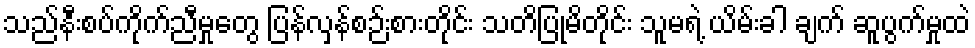
သည်နီးစပ်ကိုက်ညီမှုတွေ ပြန်လှန်စဉ်းစားတိုင်း သတိပြုမိတိုင်း သူမရဲ့ ယိမ်းခါ ချက် ဆူပွက်မှုထဲ